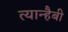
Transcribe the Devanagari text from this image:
त्यान्हैबी